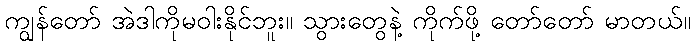
ကျွန်တော် အဲဒါကိုမဝါးနိုင်ဘူး။ သွားတွေနဲ့ ကိုက်ဖို့ တော်တော် မာတယ်။